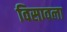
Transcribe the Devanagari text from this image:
विसावला